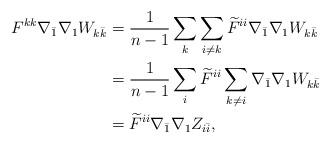
LaTeX: \begin{align*}\begin{aligned} F^{kk}\nabla_{\bar 1}\nabla_1 W_{k\bar k} &=\frac{1}{n-1}\sum_k \sum_{i\ne k} \widetilde{F}^{ii}\nabla_{\bar 1}\nabla_1 W_{k\bar k} \\&= \frac{1}{n-1}\sum_i \widetilde{F}^{ii}\sum_{k\ne i}\nabla_{\bar 1}\nabla_1 W_{k\bar k} \\&= \widetilde{F}^{ii} \nabla_{\bar 1}\nabla_1 Z_{i\bar i},\end{aligned}\end{align*}